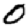
Digit: 0